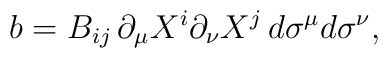
b=B_{ij}\,\partial_\mu X^i\partial_\nu X^j\,d\sigma^\mu d\sigma^\nu,